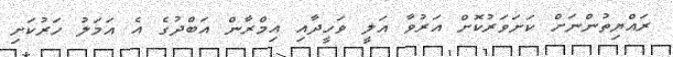
ރައްޔިތުންނަށް ކަށަވަރުކޮށް އަރުވާ އަލީ ވަހީދާއި އިމްރާން އަބްދުގެ އެ އަމަލު ހަރުކަށި